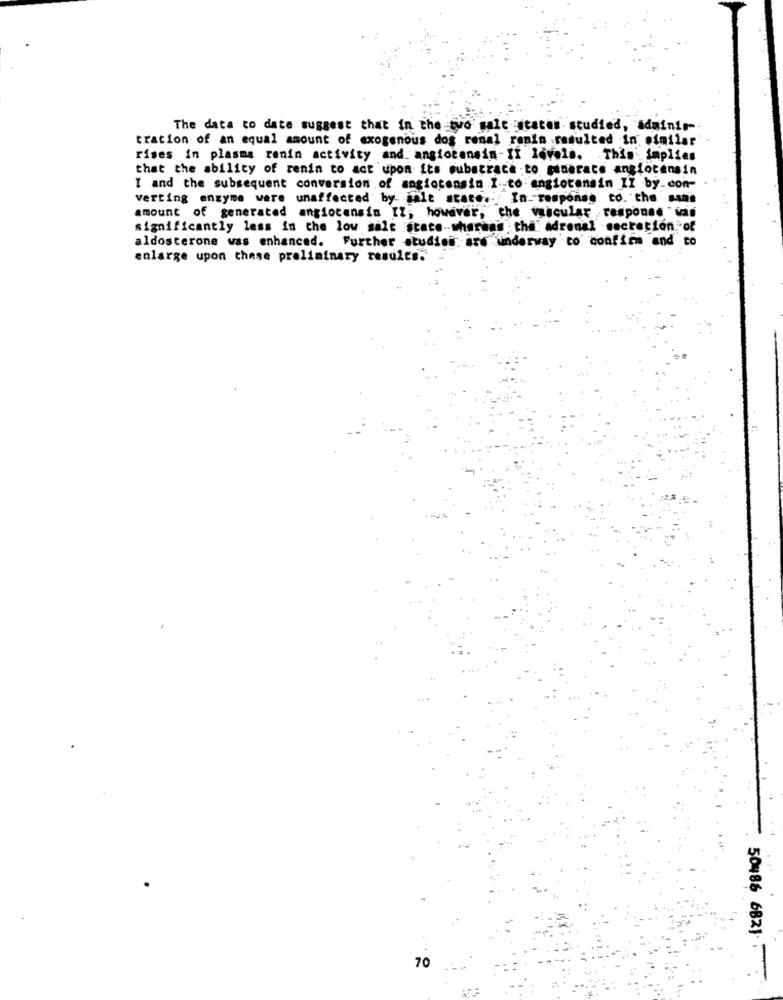
The data to date suggest that in the two gale itaten studied, adminir-
tration of an equal amount of exogenous dog renal renin resulted In similar
rises in plasma renin activity and angiotensin-II levels. This implies
that the ability of renin to act upon its substrace to moderate angiotensin
I and the subsequent conversion of angiotensin I-to angiotensin II by.con-
verting enzyme were unaffected by jale state. In- response to. the sans
amount of generated angiotensin IZ; however, che vascular response " was
significantly less in the low sale state-whereas the' adrenal secretion. of
aldosterone was enhanced. Further studies are underway to confirm and to
enlarge upon chase preliminary results.
70
50486 6821-